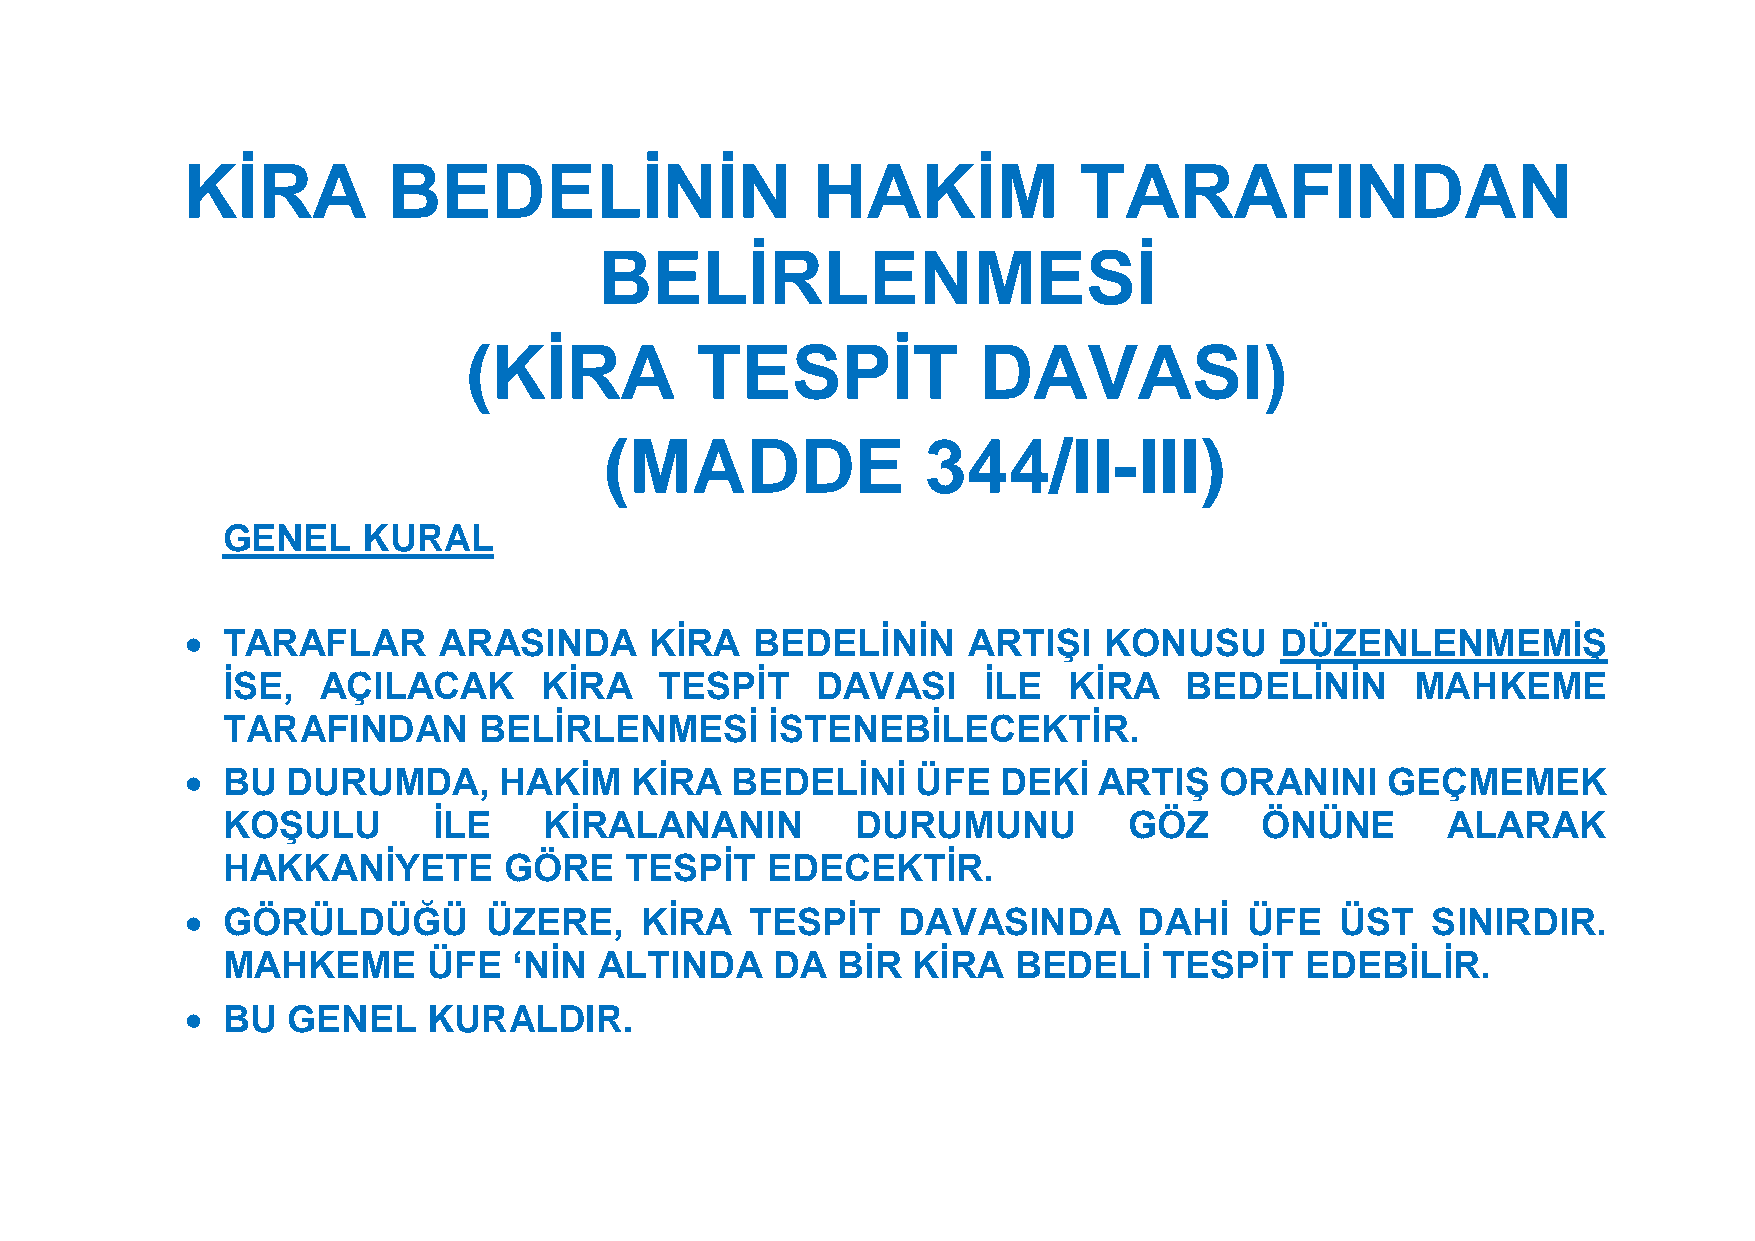
KİRA          BEDELİNİN                   HAKİM            TARAFINDAN
 BELİRLENMESİ
 (KİRA          TESPİT             DAVASI)
 (MADDE               344/II-III)
 GENEL    KURAL
   TARAFLAR      ARASINDA      KİRA   BEDELİNİN     ARTIŞI   KONUSU      DÜZENLENMEMİŞ
 İSE,  AÇILACAK       KİRA    TESPİT    DAVASI     İLE   KİRA   BEDELİNİN       MAHKEME
 TARAFINDAN       BELİRLENMESİ       İSTENEBİLECEKTİR.
   BU  DURUMDA,      HAKİM    KİRA  BEDELİNİ     ÜFE  DEKİ   ARTIŞ   ORANINI    GEÇMEMEK
 KOŞULU        İLE    KİRALANANIN          DURUMUNU          GÖZ     ÖNÜNE        ALARAK
 HAKKANİYETE       GÖRE    TESPİT    EDECEKTİR.
   GÖRÜLDÜĞÜ        ÜZERE,    KİRA    TESPİT   DAVASINDA       DAHİ    ÜFE   ÜST   SINIRDIR.
 MAHKEME      ÜFE   ‘NİN  ALTINDA    DA  BİR  KİRA   BEDELİ    TESPİT   EDEBİLİR.
   BU  GENEL    KURALDIR.